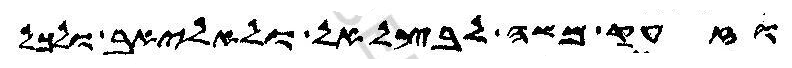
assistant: וזעק משה לבצלאל ולאהליאב ולכל